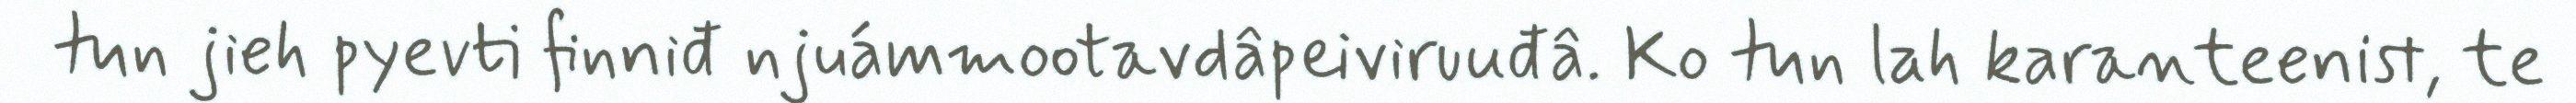
tun jieh pyevti finniđ njuámmootavdâpeiviruuđâ. Ko tun lah karanteenist, te